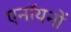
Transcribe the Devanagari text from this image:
एनॉयनों